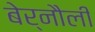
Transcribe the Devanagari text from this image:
बेर्नौली